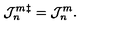
{ \cal J } _ { n } ^ { m } { } ^ { \ddag } = { \cal J } _ { n } ^ { m } .